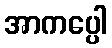
အာကပ္ပေါ